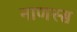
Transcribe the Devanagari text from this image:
नाणस्स